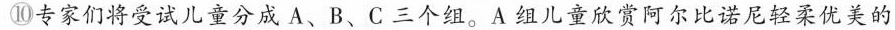
⑩专家们将受试儿童分成 A、B、C 三个组。A 组儿童欣赏阿尔比诺尼轻柔优美的